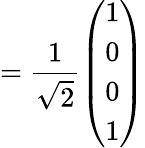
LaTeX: =\frac{1}{\sqrt{2}}\left(\begin{array}{l}{1}\\ {0}\\ {0}\\ {1}\end{array}\right)